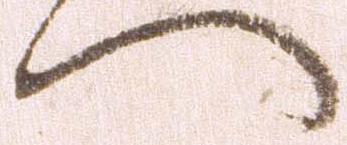
へ